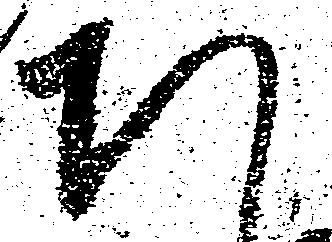
ち